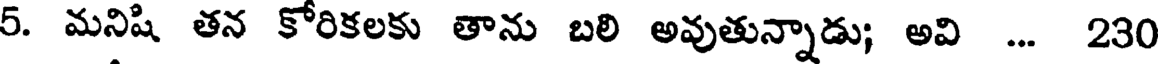
5. మనిషి తన కోరికలకు తాను బలి అవుతున్నాడు; అవి ... 230